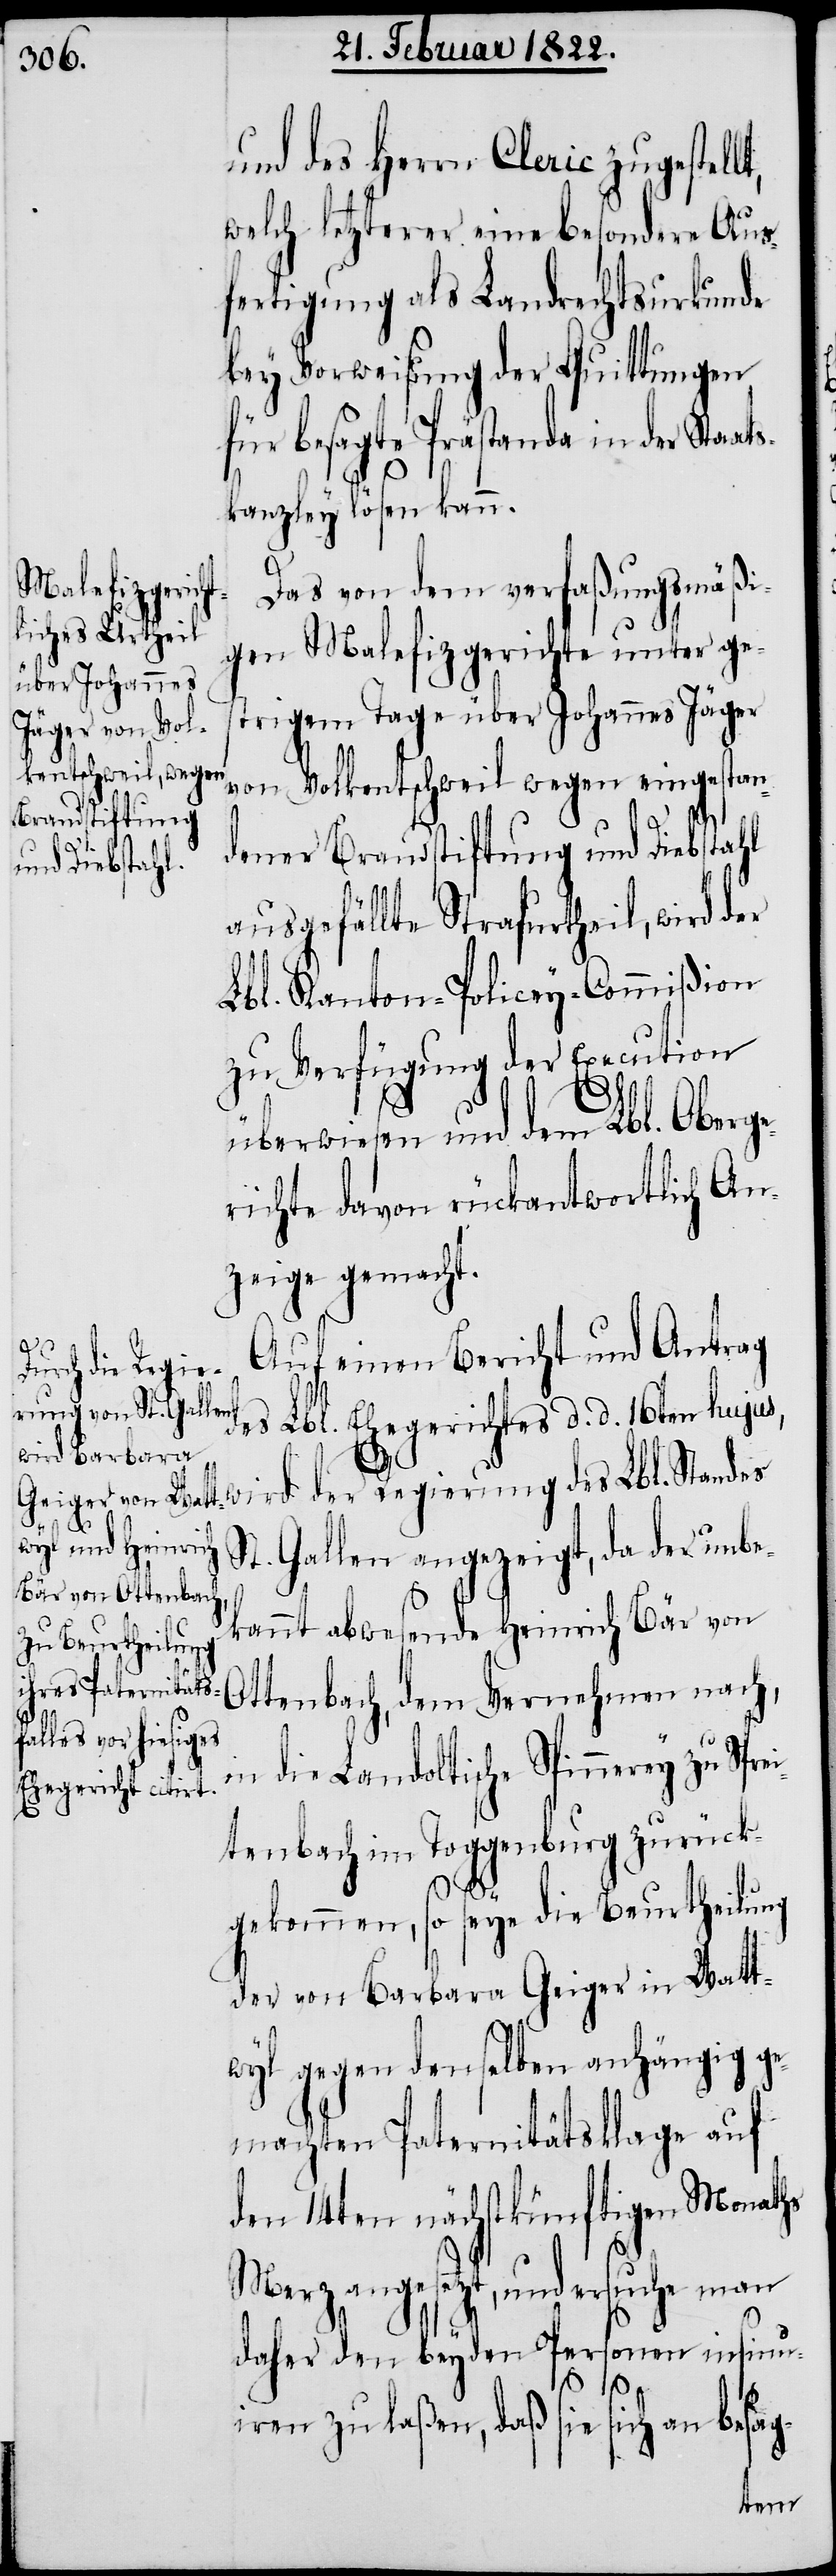
und des Herrn Cleric zugestellt,
welch letzterer eine besondere Aus¬
fertigung als Landrechtsurkunde
bey Vorweisung der Quittungen
für besagte Prästanda in der Staat¬
skanzley lösen kann.
Das von dem verfaßungsmäßi¬
gen Malefizgericht unter ges¬
trigem Tage über Johannes Jäger
von Volkentschweil wegen eingestan¬
dener Brandstiftung und Diebstahl
ausgefällte Strafurtheil, wird der
Lbl. Kanton-Policey-Commißion
zu Verfügung der Execution
überwiesen und dem Lbl. Oberge¬
richte davon rückantwortlich An¬
zeige gemacht.
Auf einen Bericht und Antrag
des Lbl. Ehegerichtes d. d. 16ten hujus,
wird der Regierung des Lbl. Standes
St. Gallen angezeigt, da der unbe¬
kannt abwesende Heinrich Bär von
Ottenbach, dem Vernehmen nach,
in die Landoltische Spinnerey zu Spre¬
itenbach im Toggenburg zurück¬
gekommen, so seye die Beurtheilung
der von Barbara Geiger in Watt¬
wyl gegen denselben anhängig ge¬
machten Paternitätsklage auf
den 14ten nächstkünftigen Monaths
Merz angesetzt, und ersuche man
daher den beyden Personen insinu¬
iren zu laßen, daß sie sich an besag-